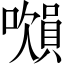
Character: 𧷝